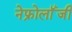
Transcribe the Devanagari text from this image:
नेफ्रोलॉंजी